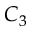
C _ { 3 }